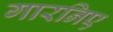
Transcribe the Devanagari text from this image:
गारनिए